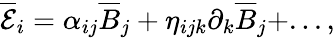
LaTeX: \overline{{\mathcal{E}}}_{i}=\alpha_{ij}\overline{{B}}_{j}+\eta_{ijk}\partial_{k}\overline{{B}}_{j}+...,